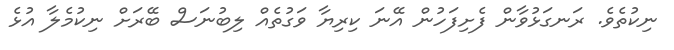
ނިކުތެވެ. ރަނގަޅުވާން ފެށިފަހުން އޭނަ ކިރިޔާ ވަގުތެއް ލިބުނަސް ބޭރަށް ނިކުމެލާ އުޅެ